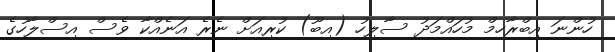
ހުންނަ އިބްރާހިމް މުހައްމަދު ސާލިހު (އިބޫ) ކުރިއަށް ނެރެ އަނެއްކާ ވެސް އިސްލާހުގެ